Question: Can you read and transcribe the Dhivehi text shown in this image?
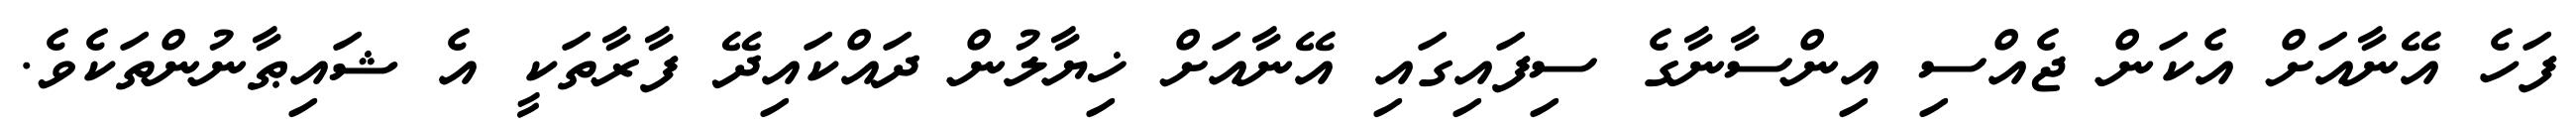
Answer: ފަހެ އޭނާއަށް އެކަން ޖެއްސި އިންސާނާގެ ސިފައިގައި އޭނާއަށް ޚިޔާލުން ދައްކައިދޭ ފާރާތަކީ އެ ޝައިޠާނުންތަކެވެ.